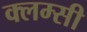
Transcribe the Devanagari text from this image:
क्लम्सी